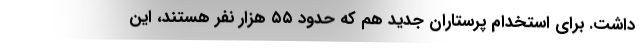
داشت. برای استخدام پرستاران جدید هم که حدود ۵۵ هزار نفر هستند، این